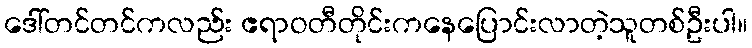
ဒေါ်တင်တင်ကလည်း ဧရာဝတီတိုင်းကနေပြောင်းလာတဲ့သူတစ်ဦးပါ။